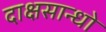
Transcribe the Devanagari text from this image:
दाक्षसान्धो